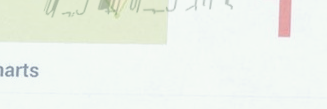
محلات العطري يغمرونكم برا